King Institute of Preventive Medicine Bacteriolog. Section reports 1907-08
Year: 1907
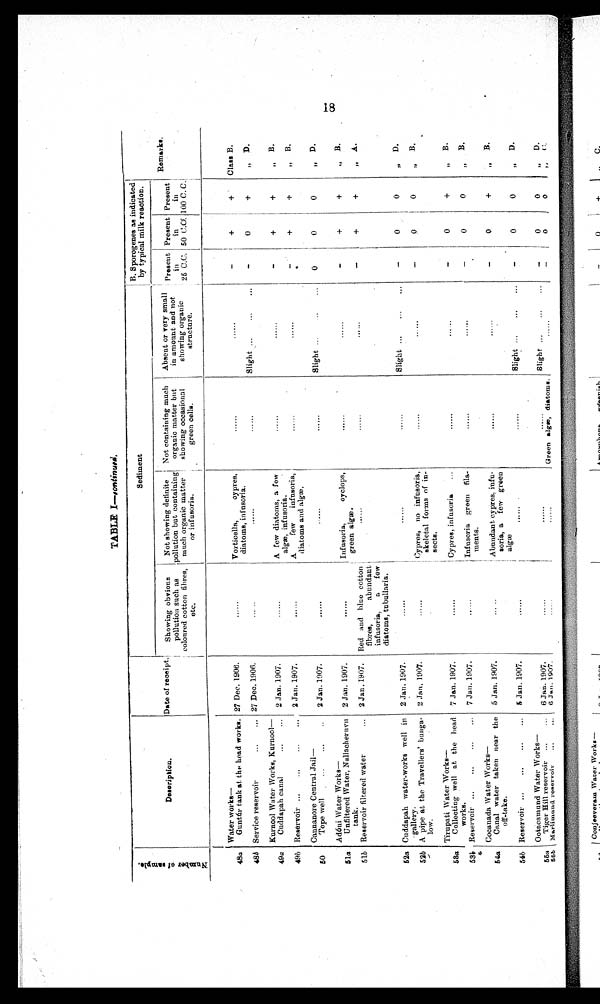
TABLE I—continued.
N u m b e r o f s a m p l e .
Description.
Date of receipt.
Sediment
B. Sporogenes as indicated
by typical milk reaction.
Remark.
Showing obvious
pollution such as
coloured cotton fibres,
etc.
Not showing definite
pollution but containing
much organic matter
or infusoria.
Not containing much
organic matter but
showing occasiona
green cells.
Absent or very small
in amount and not
showing organic
structure.
Present
i n
2 5 C. C.
Present
in
50 C.C.
Present
in
100 C. C.
Water works—
48a
Guntúr tank at the head works. 27 Dec. 1906.
......
Vorticella, cypres.
diatoms, infusoria.
......
......
–
+
+
Class B.
48b Service reservoir
...
... 27 Dec. 1906.
.....
......
......
Slight ...
...
...
–
0
+
" D.
Kurnool Water Works, Kurnool
—
49a
Cuddapah canal
...
... 2 Jan. 1907.
......
A few diatoms, a few
algæ, infusoria.
......
......
–
+
+
" B.
49b Reservoir ...
...
...
... 2 Jan. 1907.
......
A few infusoria,
diatoms and algæ.
......
......
–
+
+
" B.
Cannanore Central Jail
—
50
Tope well
...
...
2 Jan. 1907.
......
. . . . . .
......
Slight ...
...
0
0
0
" D.
Adóni Water Works
—
51a
Unfiltered Water, Nallacheruvu
tank.
2 Jan. 1907.
......
Infusoria, oyclops,
green algæ.
......
......
–
+
+
" B.
51b Reservoir filtered water
... 2 Jan. 1907. Red and blue cotton
fibres, abundant
infusoria, a few
diatoms, tubullaria.
......
. . . . . .
......
–
+
+
" A.
52a Cuddapah water-works well in
gallery.
2 Jan. 1907.
......
......
......
Slight ...
...
...
–
0
0
" D.
52b A pipe at the Travellers' bungs-
low.
2 Jan. 1907.
......
Cypres, no infusoria,
skeletal forms of in-
sects.
......
......
–
0
0
" B.
Tirupati Water Works
—
58a
Collecting well at the head
works.
7 Jan. 1907.
......
Cypres, infusoria
...
......
......
–
0
+
" B.
53b Reservoir ......
...
... 7 Jan. 1907.
......
Infusoria green fila-
meats.
....
. .
. . . . . .
–
0
0
" B.
Cocanada Water Works
—
54a
Canal water taken near the
off-take.
5 Jan. 1907.
.....
Abundant cypres, infu-
soria, a few green
algæ
......
......
–
0
+
" B.
54b Reservoir ...
...
...
... 5 Jan. 1907
......
......
......
Slight ...
...
...
–
0
0
" D.
Ootacamund Water Works—
55a
Tiger Hill reservoir ...
... 6 Jan. 1907.
......
......
......
Slight ...
...
–
0
0 "
D.
55b Marlimund reservoir
...
... 6 Jan. 1907.
......
. . . . . .
Green algæ, diatoms.
......
—
0
0
"
C .
18